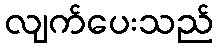
လျက်ပေးသည်